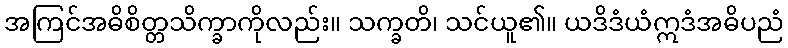
အကြင်အဓိစိတ္တသိက္ခာကိုလည်း။ သက္ခတိ၊ သင်ယူ၏။ ယဒိဒံယံဣဒံအဓိပညံ